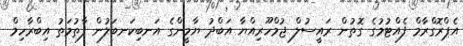
އެޕްރޮގްރާމް ފެއްޓުމުގެ ގޮތުން ރައީސުލް ޖުމްހޫރިއްޔާ އަބްދު ޔާމީންގެ އަނބިކަނބަލުން ފާތުމަތު އިބްރާހިމް